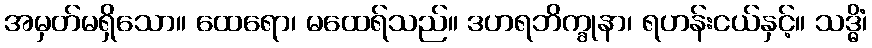
အမှတ်မရှိသော။ ထေရော၊ မထေရ်သည်။ ဒဟရဘိက္ခုနာ၊ ရဟန်းငယ်နှင့်။ သဒ္ဓိံ၊